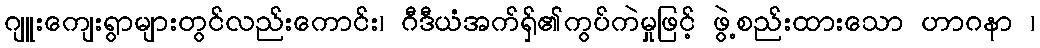
ဂျူးကျေးရွာများတွင်လည်းကောင်း၊ ဂီဒီယံအက်ရှ်၏ကွပ်ကဲမှုဖြင့် ဖွဲ့စည်းထားသော ဟာဂနာ ၊